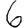
Digit: 6